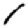
Digit: 1